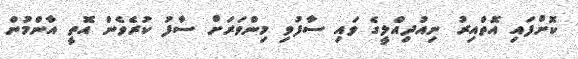
ކޮށްފައި އޮތްއިރު ނިއުދިއްލީގެ ވައި ސާފުވި މިންވަރަށް ސާފު ކުރެވެން އޮތީ އާންމުން